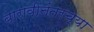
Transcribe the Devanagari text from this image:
बारावीनंतरच्या